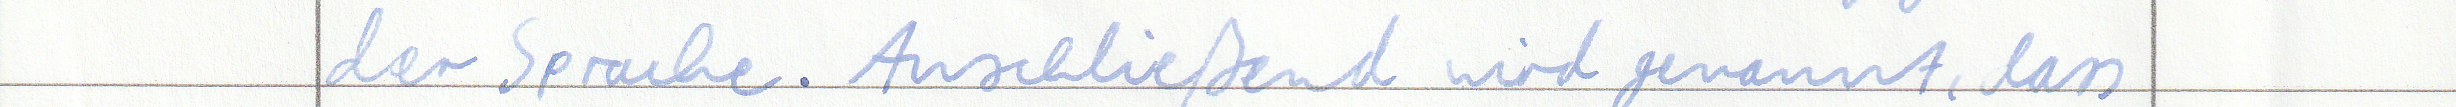
der Sprache. Anschließend wird genannt, dass